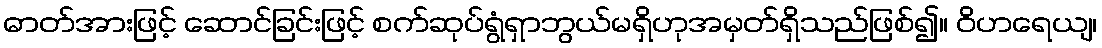
ဓာတ်အားဖြင့် ဆောင်ခြင်းဖြင့် စက်ဆုပ်ရွံရှာဘွယ်မရှိဟုအမှတ်ရှိသည်ဖြစ်၍။ ဝိဟရေယျ၊